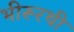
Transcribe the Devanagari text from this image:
भीरूरथी